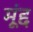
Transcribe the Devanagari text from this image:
मूंद्द